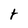
Character: t